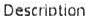
DESCRIPTION